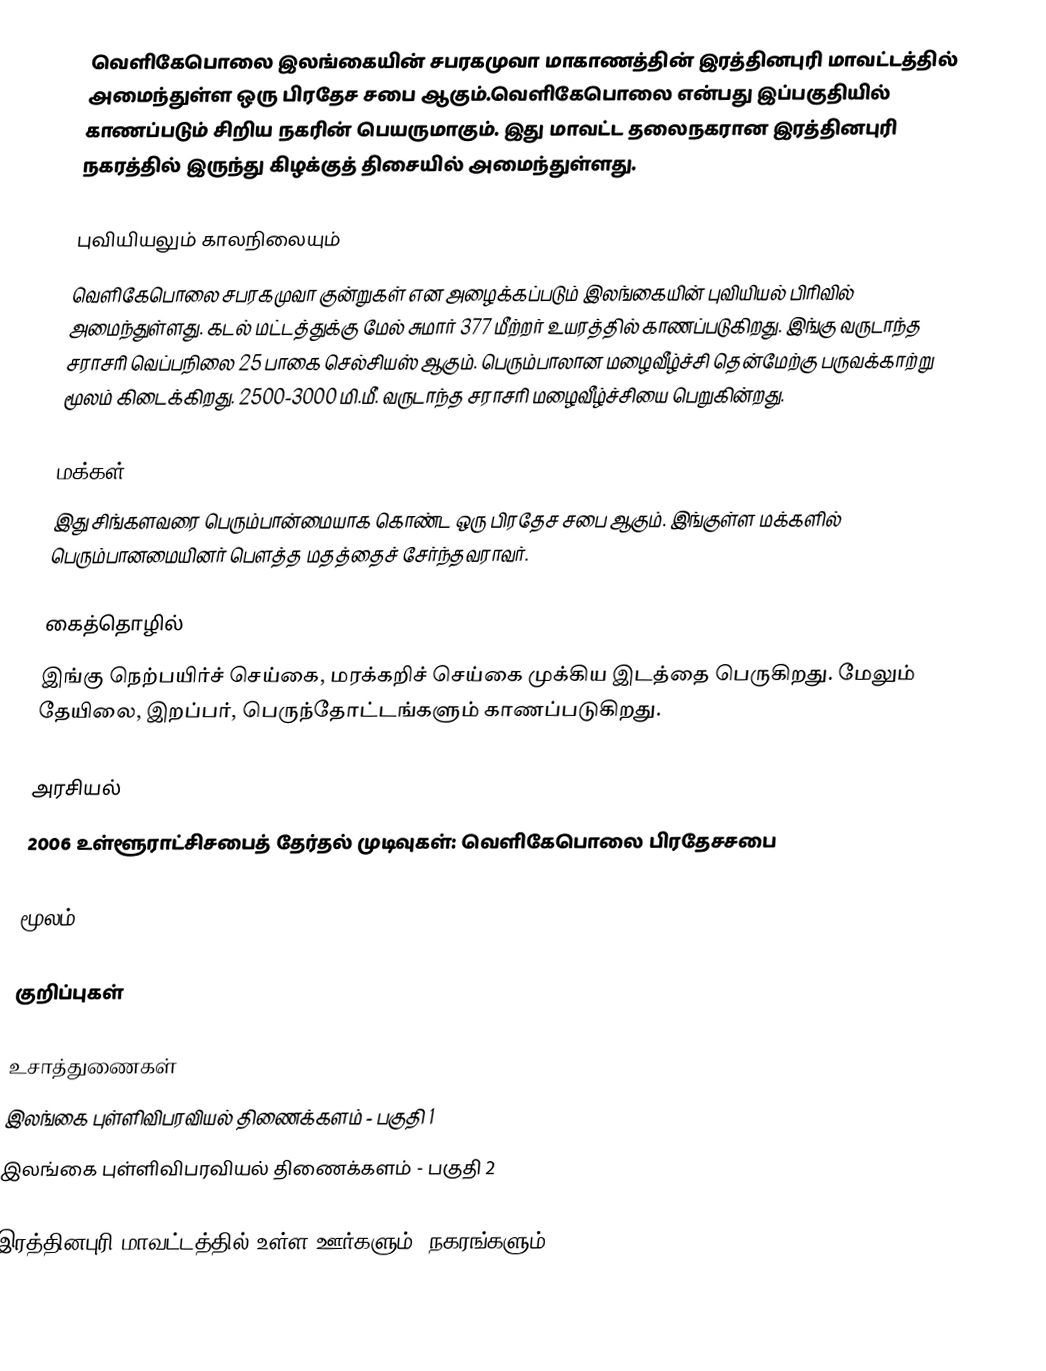
வெளிகேபொலை இலங்கையின் சபரகமுவா மாகாணத்தின் இரத்தினபுரி மாவட்டத்தில் அமைந்துள்ள ஒரு பிரதேச சபை ஆகும்.வெளிகேபொலை என்பது இப்பகுதியில் காணப்படும் சிறிய நகரின் பெயருமாகும். இது மாவட்ட தலைநகரான இரத்தினபுரி நகரத்தில் இருந்து கிழக்குத் திசையில் அமைந்துள்ளது.

புவியியலும் காலநிலையும்
வெளிகேபொலை சபரகமுவா குன்றுகள் என அழைக்கப்படும் இலங்கையின் புவியியல் பிரிவில் அமைந்துள்ளது. கடல் மட்டத்துக்கு மேல் சுமார் 377 மீற்றர் உயரத்தில் காணப்படுகிறது. இங்கு வருடாந்த சராசரி வெப்பநிலை 25 பாகை செல்சியஸ் ஆகும். பெரும்பாலான மழைவீழ்ச்சி தென்மேற்கு பருவக்காற்று மூலம் கிடைக்கிறது. 2500-3000 மி.மீ. வருடாந்த சராசரி மழைவீழ்ச்சியை பெறுகின்றது.

மக்கள்
இது சிங்களவரை பெரும்பான்மையாக கொண்ட ஒரு பிரதேச சபை ஆகும். இங்குள்ள மக்களில் பெரும்பானமையினர் பௌத்த மதத்தைச் சேர்ந்தவராவர்.

கைத்தொழில்
இங்கு நெற்பயிர்ச் செய்கை, மரக்கறிச் செய்கை முக்கிய இடத்தை பெருகிறது. மேலும் தேயிலை, இறப்பர், பெருந்தோட்டங்களும் காணப்படுகிறது.

அரசியல்
2006　உள்ளூராட்சிசபைத்　தேர்தல்　முடிவுகள்:　வெளிகேபொலை　பிரதேசசபை

மூலம்:

குறிப்புகள்

உசாத்துணைகள்
 இலங்கை புள்ளிவிபரவியல் திணைக்களம் - பகுதி 1
 இலங்கை புள்ளிவிபரவியல் திணைக்களம் - பகுதி 2

இரத்தினபுரி மாவட்டத்தில் உள்ள ஊர்களும், நகரங்களும்